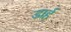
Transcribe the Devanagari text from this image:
डार्ह